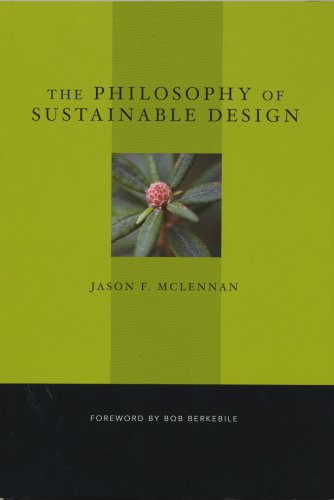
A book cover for The Philosophy of Sustainable Design; Jason F. McLennan; Arts & Photography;